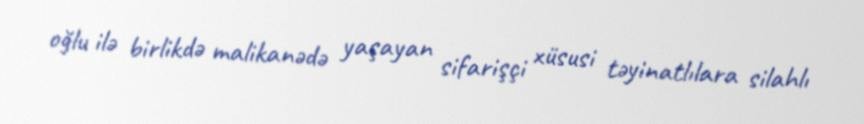
oğlu ilə birlikdə malikanədə yaşayan sifarişçi xüsusi təyinatlılara silahlı